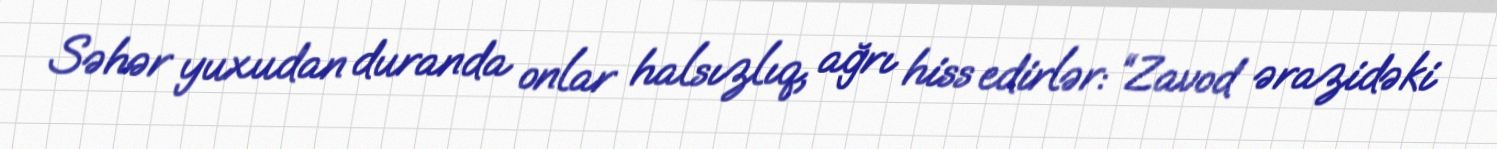
Səhər yuxudan duranda onlar halsızlıq, ağrı hiss edirlər: “Zavod ərazidəki